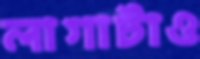
লাগাটাও